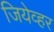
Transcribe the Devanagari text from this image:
जियेव्हर